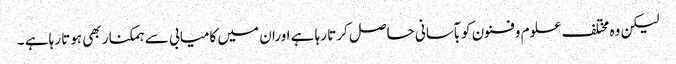
لیکن وہ مختلف علوم وفنون کو بآسانی حاصل کرتا رہا ہے اوران میں کامیابی سے ہمکنار بھی ہوتا رہا ہے ۔